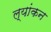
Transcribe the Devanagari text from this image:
ल्यांकन